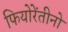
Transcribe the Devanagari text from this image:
फियोरेंतीनो